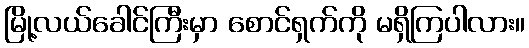
မြို့လယ်ခေါင်ကြီးမှာ စောင်ရှက်ကို မရှိကြပါလား။